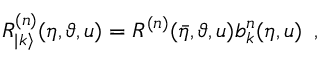
R _ { | k \rangle } ^ { ( n ) } ( \eta , \vartheta , u ) = R ^ { ( n ) } ( \bar { \eta } , \vartheta , u ) b _ { k } ^ { n } ( \eta , u ) \, \, \, ,